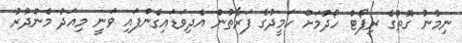
ނިމުނު ގޮތުގެ ރިޕޯޓް ހޯދުމަށް ހަމީދުގެ ފަރާތުން އެދިވަޑައިގެންފައި ވަނީ މިއަދު މެންދުރު